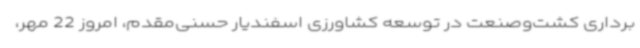
برداری کشت‌وصنعت در توسعه کشاورزی اسفندیار حسنی‌مقدم، امروز 22 مهر،